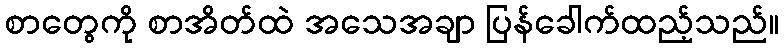
စာတွေကို စာအိတ်ထဲ အသေအချာ ပြန်ခေါက်ထည့်သည်။